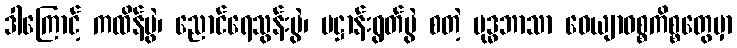
ဒါကြောင့် ကထိန်ပွဲ၊ ညောင်ရေသွန်းပွဲ၊ ပဋ္ဌာန်းရွတ်ပွဲ စတဲ့ ဗုဒ္ဓဘာသာ ဝေယျာဝစ္စကိစ္စတွေမှာ